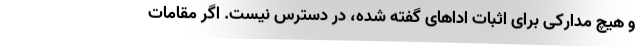
و هیچ مدارکی برای اثبات اداهای گفته شده، در دسترس نیست. اگر مقامات